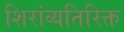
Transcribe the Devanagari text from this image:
शिरांव्यतिरिक्त